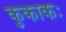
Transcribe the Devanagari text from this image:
कुकाकः